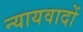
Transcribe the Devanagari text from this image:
न्यायवादों